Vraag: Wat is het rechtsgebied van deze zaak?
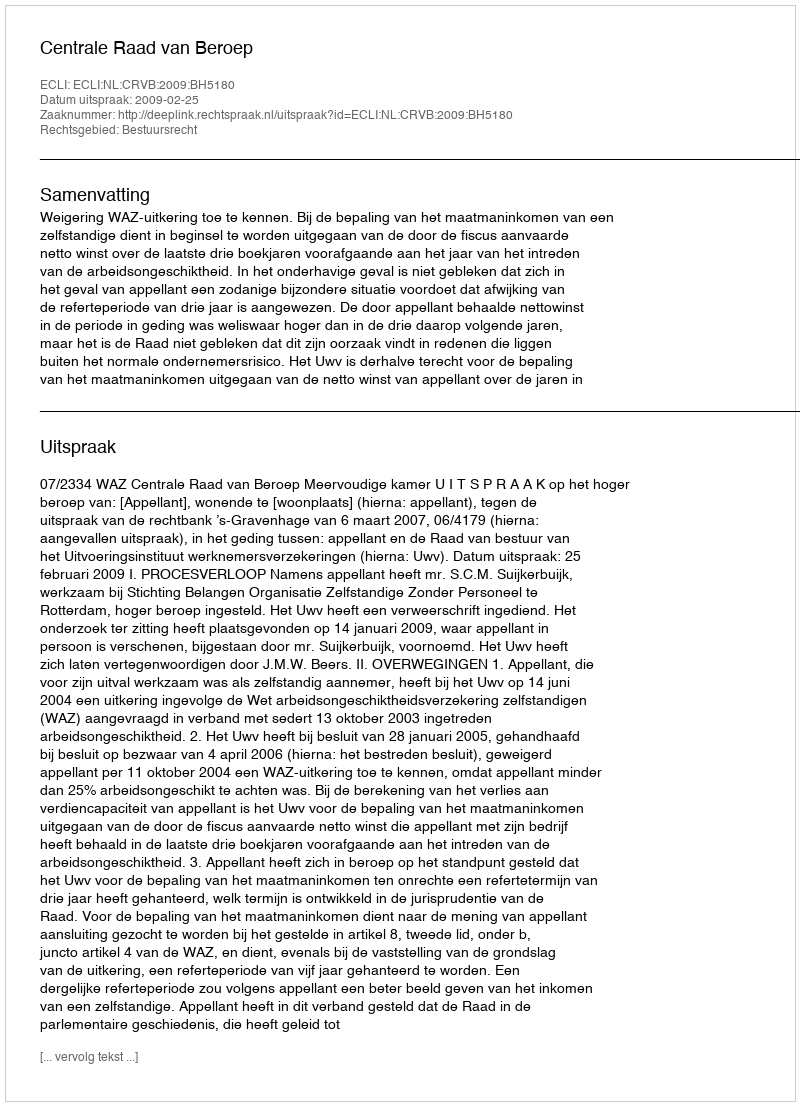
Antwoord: Bestuursrecht